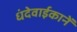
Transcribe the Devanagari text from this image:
धंदेवाईकानें